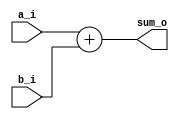
module adder #(
  parameter width = 8
)(
  input  [width-1:0] a_i,
  input  [width-1:0] b_i,
  output [width:0] sum_o
);

  assign sum_o = a_i + b_i;
endmodule